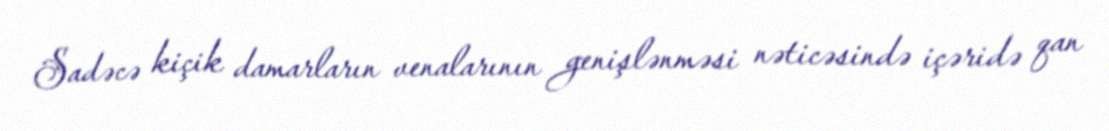
Sadəcə kiçik damarların venalarının genişlənməsi nəticəsində içəridə qan